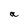
Character: a